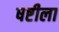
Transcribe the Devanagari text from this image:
षष्टीला